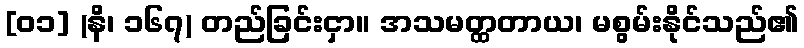
[၀၁] (နိ၊ ၁၆၇) တည်ခြင်းငှာ။ အသမတ္ထတာယ၊ မစွမ်းနိုင်သည်၏